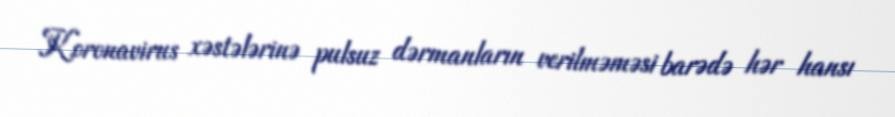
Koronavirus xəstələrinə pulsuz dərmanların verilməməsi barədə hər hansı